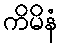
ကိမိနံ